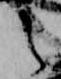
之